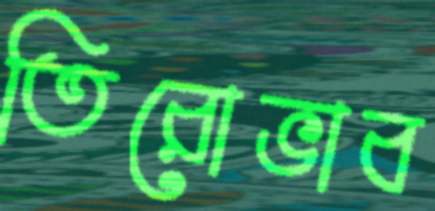
তিরোভাব